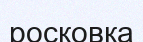
росковка